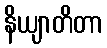
နိယျာတိတာ